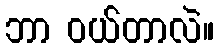
ဘာ ဝယ်တာလဲ။